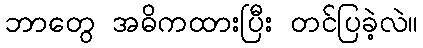
ဘာတွေ အဓိကထားပြီး တင်ပြခဲ့လဲ။